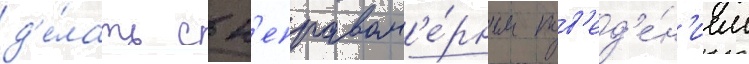
д'е́лать с н'еправом'е́рным пов'ед'е́н'ием